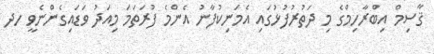
ޤާސިމް އިބްރާހިމްގެ މި ދަތުރުފުޅުގައި އެމަނިކުފާނު އެންމެ ފުރަތަމަ މިއަދު ވަޑައިގެންނެވީ ހދ